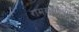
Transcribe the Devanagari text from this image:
रामरायाच्या